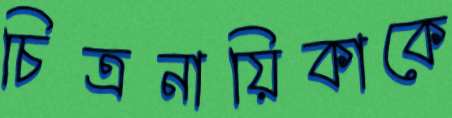
চিত্রনায়িকাকে